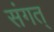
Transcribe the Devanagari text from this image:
संगत्